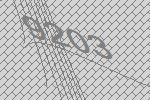
9203